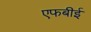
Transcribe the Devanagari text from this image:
एफबीई